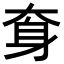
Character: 𡘪